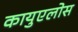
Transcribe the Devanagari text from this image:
कायुएलोस